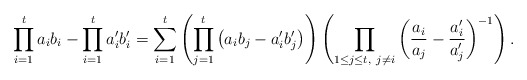
\begin{align*} \prod_{i=1}^t a_ib_i -\prod_{i=1}^t a_i'b_i'=\sum_{i=1}^t \left(\prod_{j=1}^t \left(a_ib_j-a_i'b_j'\right)\right)\left(\prod_{1 \leq j \leq t,\ j\neq i} \left(\frac{a_i}{a_j}-\frac{a_i'}{a_j'}\right)^{-1}\right).\end{align*}